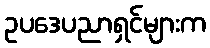
ဥပဒေပညာရှင်များက